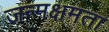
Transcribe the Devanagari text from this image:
जन्मक्षमता